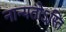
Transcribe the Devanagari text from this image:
नान्यतोऽस्ति